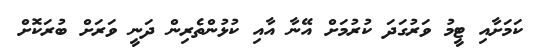
ކަމަށާއި ޓީމު ވަރުގަދަ ކުރުމަށް އޭނާ އާއި ކުޅުންތެރިން ދަނީ ވަރަށް ބުރަކޮށް